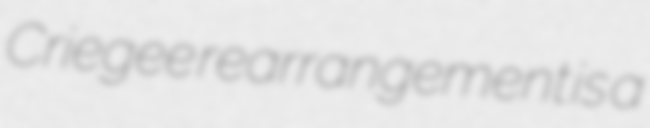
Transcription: Criegee rearrangement is a